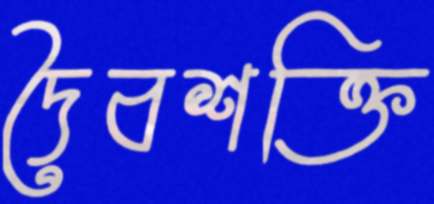
দৈবশক্তি